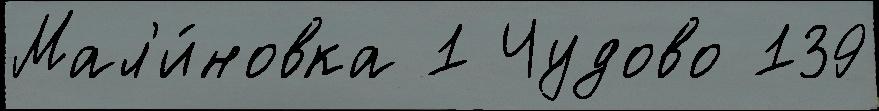
Мал'и́новка 1 Чудово 139